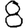
Digit: 8